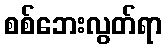
စစ်ဘေးလွတ်ရာ